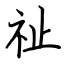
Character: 祉